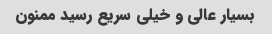
بسیار عالی و خیلی سریع رسید ممنون